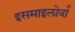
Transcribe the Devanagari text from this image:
इसमाइलोर्वा